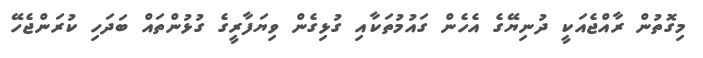
މިގޮތުން ރާއްޖެއަކީ ދުނިޔޭގެ އެހެން ގައުމުތަކާއި ގުޅިގެެން ވިޔަފާރީގެ ގުޅުންތައް ބަދަހި ކުރަންޖެހޭ